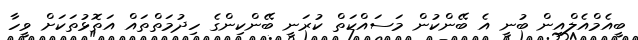
ބީއެމްއެލްއިން ބުނީ އެ ބޭންކުން މަސައްކަތް ކުރަނީ ބޭންކިންގެ ހިދުމަތްތައް އަތޮޅުތަކަށް ވީހާ